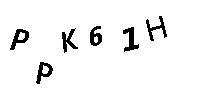
PPK61H